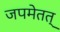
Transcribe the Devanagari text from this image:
जपमेतत्